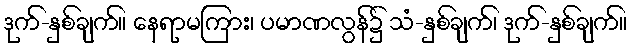
ဒုက်-နှစ်ချက်။ နေရာမကြား၊ ပမာဏလွန်၌ သံ-နှစ်ချက်၊ ဒုက်-နှစ်ချက်။